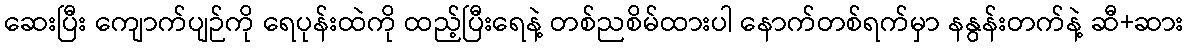
ဆေးပြီး ကျောက်ပျဉ်ကို ရေပုန်းထဲကို ထည့်ပြီးရေနဲ့ တစ်ညစိမ်ထားပါ နောက်တစ်ရက်မှာ နနွန်းတက်နဲ့ ဆီ+ဆား